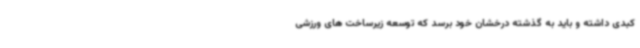
کبدی داشته و باید به گذشته درخشان خود برسد که توسعه زیرساخت های ورزشی